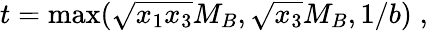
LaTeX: t=\operatorname*{max}(\sqrt{x_{1}x_{3}}M_{B},\sqrt{x_{3}}M_{B},1/b)\; ,